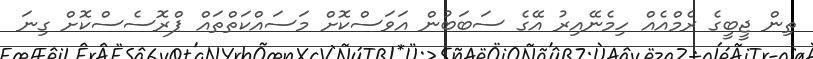
ތިން ޖީބީގެ ރެމްއެއް ހިމެނޭއިރު އޭގެ ސަބަބުން އަވަސްކޮށް މަސައްކަތްތައް ޕްރޮސެސްކޮށް ގިނަ